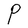
Character: P